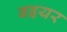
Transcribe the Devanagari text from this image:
बइयर